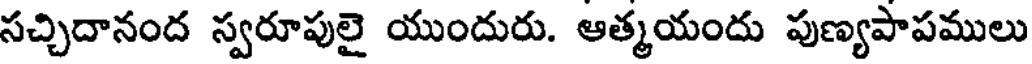
సచ్చిదానంద స్వరూపులై యుందురు. ఆత్మయందు పుణ్యపాపములు